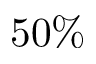
5 0 \%